Education (Scotland) Act, 1936, 1936
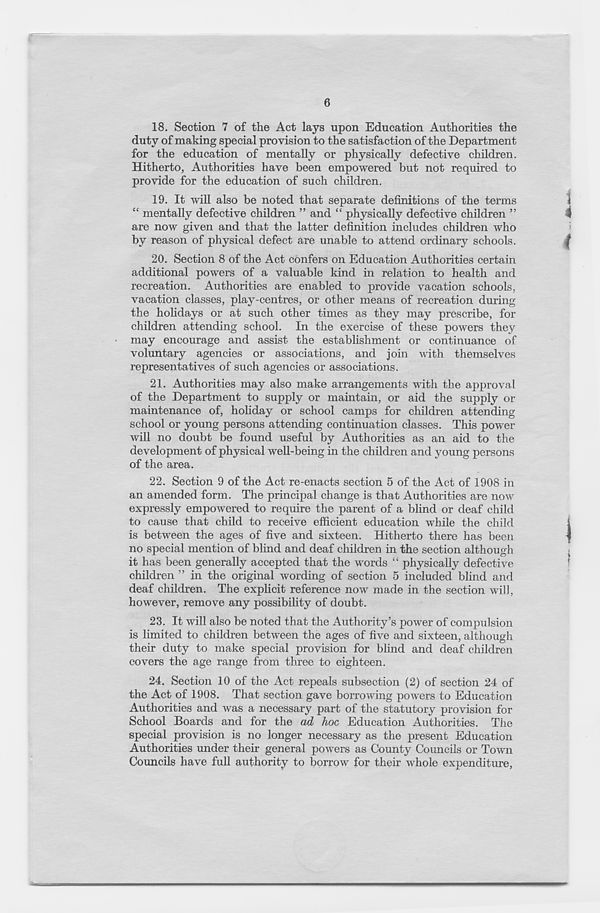
6
18. Section 7 of the Act lays upon Education Authorities the
duty of making special provision to the satisfaction of the Department
for the education of mentally or physically defective children.
Hitherto, Authorities have been empowered but not required to
provide for the education of such children.
19. It will also be noted that separate definitions of the terms
“ mentally defective children ” and “ physically defective children ”
are now given and that the latter definition includes children who
by reason of physical defect are unable to attend ordinary schools.
20. Section 8 of the Act confers on Education Authorities certain
additional powers of a valuable kind in relation to health and
recreation. Authorities are enabled to provide vacation schools,
vacation classes, play-centres, or other means of recreation during
the holidays or at such other times as they may prescribe, for
children attending school. In the exercise of these powers they
may encourage and assist the establishment or continuance of
voluntary agencies or associations, and join with themselves
representatives of such agencies or associations.
21. Authorities may also make arrangements with the approval
of the Department to supply or maintain, or aid the supply or
maintenance of, holiday or school camps for children attending
school or young persons attending continuation classes. This power
will no doubt be found useful by Authorities as an aid to the
development of physical well-being in the children and young persons
of the area.
22. Section 9 of the Act re-enacts section 5 of the Act of 1908 in
an amended form. The principal change is that Authorities are now
expressly empowered to require the parent of a blind or deaf child
to cause that child to receive efficient education while tire child
is between the ages of five and sixteen. Hitherto there has been
no special mention of blind and deaf children in the section although
it has been generally accepted that the words “ physically defective
children ” in the original wording of section 5 included blind and
deaf children. The explicit reference now made in the section will,
however, remove any possibility of doubt.
23. It will also be noted that the Authority’s power of compulsion
is limited to children between the ages of five and sixteen, although
their duty to make special provision for blind and deaf children
covers the age range from three to eighteen.
24. Section 10 of the Act repeals subsection (2) of section 24 of
the Act of 1908. That section gave borrowing powers to Education
Authorities and was a necessary part of the statutory provision for
School Boards and for the ad hoc Education Authorities. The
special provision is no longer necessary as the present Education
Authorities under their general powers as County Councils or Town
Councils have full authority to borrow for their whole expenditure,